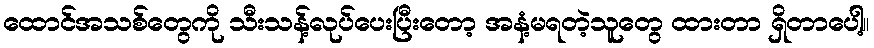
ထောင်အသစ်တွေကို သီးသန့်လုပ်ပေးပြီးတော့ အနံ့မရတဲ့သူတွေ ထားတာ ရှိတာပေါ့။